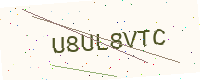
Text: U8UL8VTC